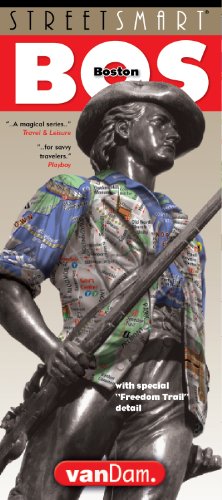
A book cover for StreetSmart Boston Map by VanDam - City Street Map of Boston - Laminated folding pocket size city travel and subway map; Stephan Van Dam; Travel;